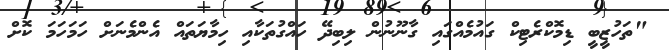
"ތަހުޒީބީ ޑިމޮކްރެޓިކް ގައުމެއްގައި ގާނޫނުން ލިބިދޭ ހައްގުތަކާއި ހިމާޔަތައް އެންމެނަށް ހަމަހަމަ ކޮށް